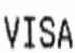
VISA